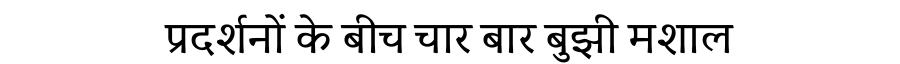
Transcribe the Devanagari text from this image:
प्रदर्शनों के बीच चार बार बुझी मशाल